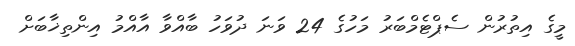
މީގެ އިތުރުން ސެޕްޓެމްބަރު މަހުގެ 24 ވަނަ ދުވަހު ބާއްވާ އާއްމު އިންތިޚާބަށް